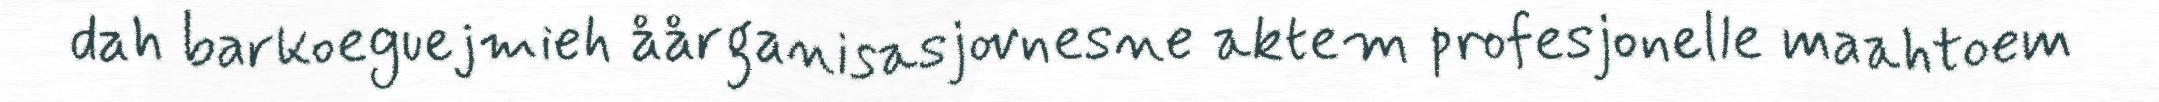
dah barkoeguejmieh åårganisasjovnesne aktem profesjonelle maahtoem